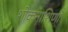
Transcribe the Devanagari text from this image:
शोकनाशिणी